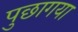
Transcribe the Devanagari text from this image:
पुछागया